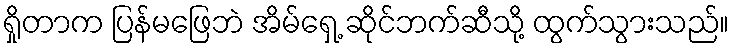
ရှိုတာက ပြန်မဖြေဘဲ အိမ်ရှေ့ ဆိုင်ဘက်ဆီသို့ ထွက်သွားသည်။